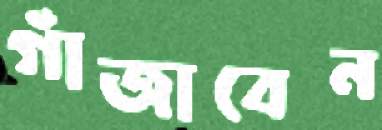
গাঁজাবেন